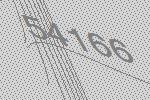
54166